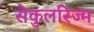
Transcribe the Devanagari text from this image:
सेकुलरिज्म